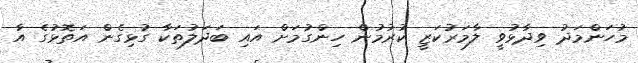
މުހަންމަދު ވިދާޅުވީ ލާމަރުކަޒީ ކުރުމުން ހިންގުމަށް އައި ބަދަލުތަކާ ގުޅިގެން އަތޮޅުގެ އާ